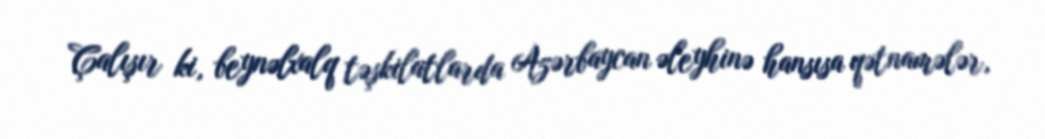
Çalışır ki, beynəlxalq təşkilatlarda Azərbaycan əleyhinə hansısa qətnamələr,